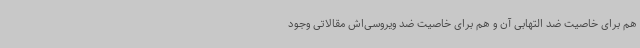
هم برای خاصیت ضد التهابی آن و هم برای خاصیت ضد ویروسی‌اش مقالاتی وجود